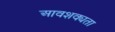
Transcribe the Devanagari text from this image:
आवशक्यता